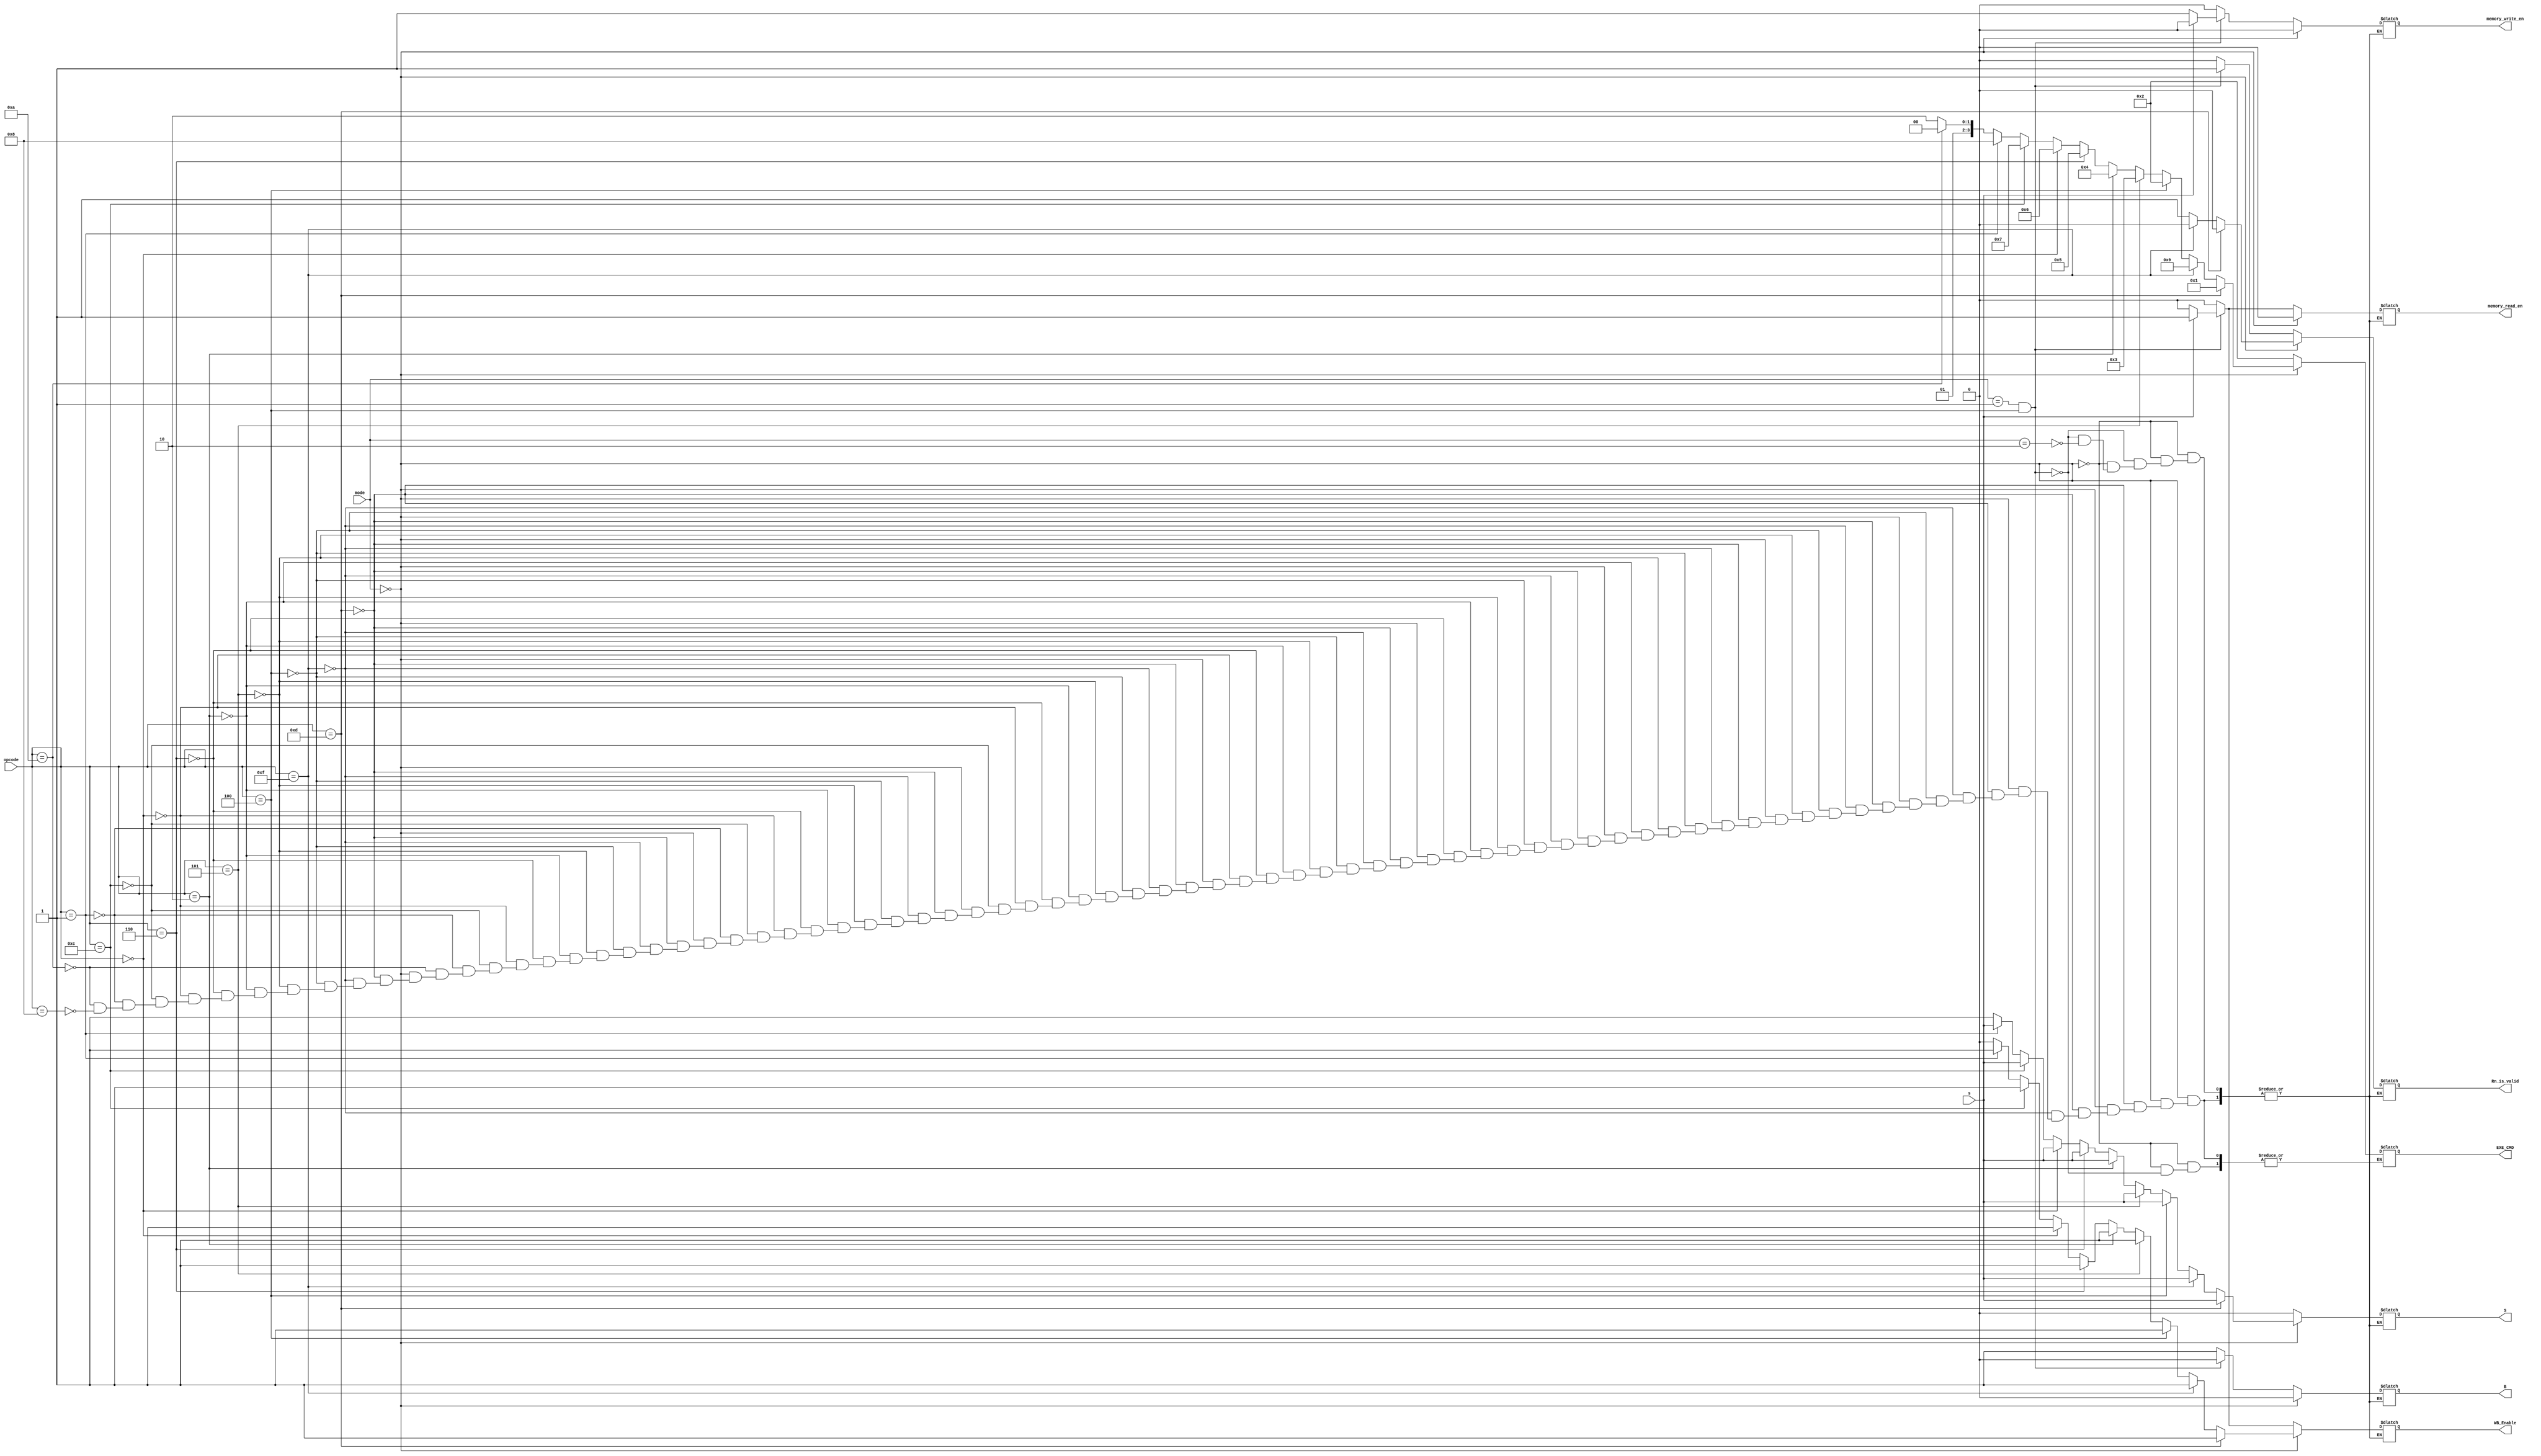
module ControlUnit(input [1:0] mode,
                   input [3:0] opcode,
                   input s,
                   output reg [3:0] EXE_CMD,
                   output reg memory_read_en,memory_write_en,WB_Enable,B,S,Rn_is_valid);
  
  always@(*)begin
    if(mode==2'b00) begin
      if(opcode==4'b1101) begin  
        EXE_CMD=4'b0001;
        memory_read_en=1'b0;
        memory_write_en=1'b0;
        WB_Enable=1'b1;
        B=1'b0;
        S=s;
        Rn_is_valid=1'b0;
      end
      else if(opcode==4'b1111) begin
        EXE_CMD=4'b1001;
        memory_read_en=1'b0;
        memory_write_en=1'b0;
        WB_Enable=1'b1;
        B=1'b0;
        S=s;
        Rn_is_valid=1'b0;
      end
      else if(opcode==4'b0100) begin
        EXE_CMD=4'b0010;
        memory_read_en=1'b0;
        memory_write_en=1'b0;
        WB_Enable=1'b1;
        B=1'b0;
        S=s;
        Rn_is_valid=1'b1;
      end
      else if(opcode==4'b0101) begin
        EXE_CMD=4'b0011;
        memory_read_en=1'b0;
        memory_write_en=1'b0;
        WB_Enable=1'b1;
        B=1'b0;
        S=s;
        Rn_is_valid=1'b1;
      end
      else if(opcode==4'b0010) begin
        EXE_CMD=4'b0100;
        memory_read_en=1'b0;
        memory_write_en=1'b0;
        WB_Enable=1'b1;
        B=1'b0;
        S=s;
        Rn_is_valid=1'b1;
      end
      else if(opcode==4'b0110) begin
        EXE_CMD=4'b0101;
        memory_read_en=1'b0;
        memory_write_en=1'b0;
        WB_Enable=1'b1;
        B=1'b0;
        S=s;
        Rn_is_valid=1'b1;
      end
      else if(opcode==4'b0000) begin
        EXE_CMD=4'b0110;
        memory_read_en=1'b0;
        memory_write_en=1'b0;
        WB_Enable=1'b1;
        B=1'b0;
        S=s;
        Rn_is_valid=1'b1;
      end
      else if(opcode==4'b1100) begin
        EXE_CMD=4'b0111;
        memory_read_en=1'b0;
        memory_write_en=1'b0;
        WB_Enable=1'b1;
        B=1'b0;
        S=s;
        Rn_is_valid=1'b1;
      end
      else if(opcode==4'b0001) begin
        EXE_CMD=4'b1000;
        memory_read_en=1'b0;
        memory_write_en=1'b0;
        WB_Enable=1'b1;
        B=1'b0;
        S=s;
        Rn_is_valid=1'b1;
      end
      else if(opcode==4'b1010) begin
        EXE_CMD=4'b0100;
        memory_read_en=1'b0;
        memory_write_en=1'b0;
        WB_Enable=1'b0;
        B=1'b0;
        S=1'b1;
        Rn_is_valid=1'b1;
      end
      else if(opcode==4'b1000) begin
        EXE_CMD=4'b0110;
        memory_read_en=1'b0;
        memory_write_en=1'b0;
        WB_Enable=1'b0;
        B=1'b0;
        S=1'b1;
        Rn_is_valid=1'b1;
      end
    end
    else if(mode==2'b01 && opcode==4'b0100) begin
      if(s==1'b1) begin
        EXE_CMD=3'b0010;
        memory_read_en=1'b1;
        memory_write_en=1'b0;
        WB_Enable=1'b1;
        B=1'b0;
        S=1'b0;
        Rn_is_valid=1'b1;
      end
      else if(s==1'b0) begin
        EXE_CMD=3'b0010;
        memory_read_en=1'b0;
        memory_write_en=1'b1;
        WB_Enable=1'b0;
        B=1'b0;
        S=1'b0;
        Rn_is_valid=1'b1;
      end
    end
    else if(mode==2'b10) begin
      memory_read_en=1'b0;
      memory_write_en=1'b0;
      WB_Enable=1'b0;
      B=1'b1;
      S=1'b0;
      Rn_is_valid=1'b0;
    end
  end
  
endmodule